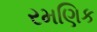
રમણિક